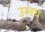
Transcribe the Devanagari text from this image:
उस्वथ्